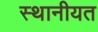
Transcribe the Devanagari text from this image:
स्थानीयत